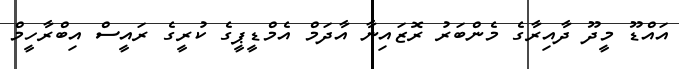
އައްޑޫ މީދޫ ދާއިރާގެ މެންބަރު ރޮޒައިނާ އާދަމް އެމްޑީޕީގެ ކުރީގެ ރައީސް އިބްރާހީމް